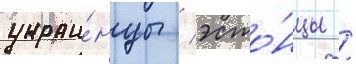
украи́нцы / эсто́нцы /